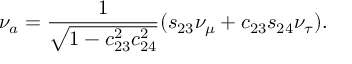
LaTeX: \nu _ { a } = { \frac { 1 } { \sqrt { 1 - c _ { 2 3 } ^ { 2 } c _ { 2 4 } ^ { 2 } } } } ( s _ { 2 3 } \nu _ { \mu } + c _ { 2 3 } s _ { 2 4 } \nu _ { \tau } ) .